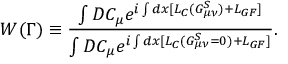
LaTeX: W ( \Gamma ) \equiv { \frac { \int { \cal D } C _ { \mu } e ^ { i \int d x [ { \cal L } _ { C } ( G _ { \mu \nu } ^ { S } ) + { \cal L } _ { G F } ] } } { \int { \cal D } C _ { \mu } e ^ { i \int d x [ { \cal L } _ { C } ( G _ { \mu \nu } ^ { S } = 0 ) + { \cal L } _ { G F } ] } } } .